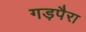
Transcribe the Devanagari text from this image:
गड़पैरा